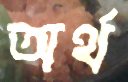
অর্থ